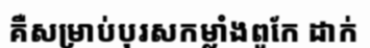
គឺសម្រាប់បុរសកម្លាំងពូកែ ដាក់